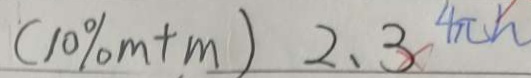
( 1 0 \% m + m ) 2 . 3 4 \pi h